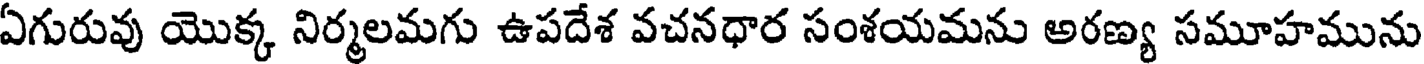
ఏగురువు యొక్క నిర్మలమగు ఉపదేశ వచనధార సంశయమను అరణ్య సమూహమును